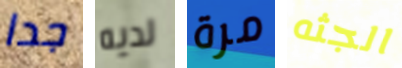
جدا لديه مرة الجثه